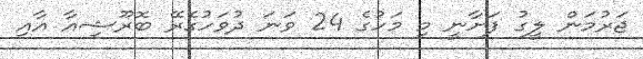
ޖަރުމަން ލީގު ފަށާނީ މި މަހުގެ 24 ވަނަ ދުވަހުގެރޭ ބޮރޫޝިއާ އާއި